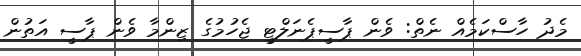
މެދު ހާސްކަމެއް ނެތް: ވެން ޕާސީޕެނަލްޓީ ޖެހުމުގެ ޒިންމާ ވެން ޕާސީ އަތުން